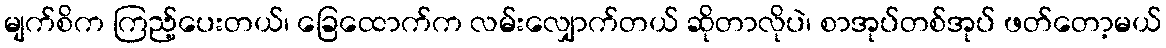
မျက်စိက ကြည့်ပေးတယ်၊ ခြေထောက်က လမ်းလျှောက်တယ် ဆိုတာလိုပဲ၊ စာအုပ်တစ်အုပ် ဖတ်တော့မယ်